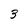
Character: 3